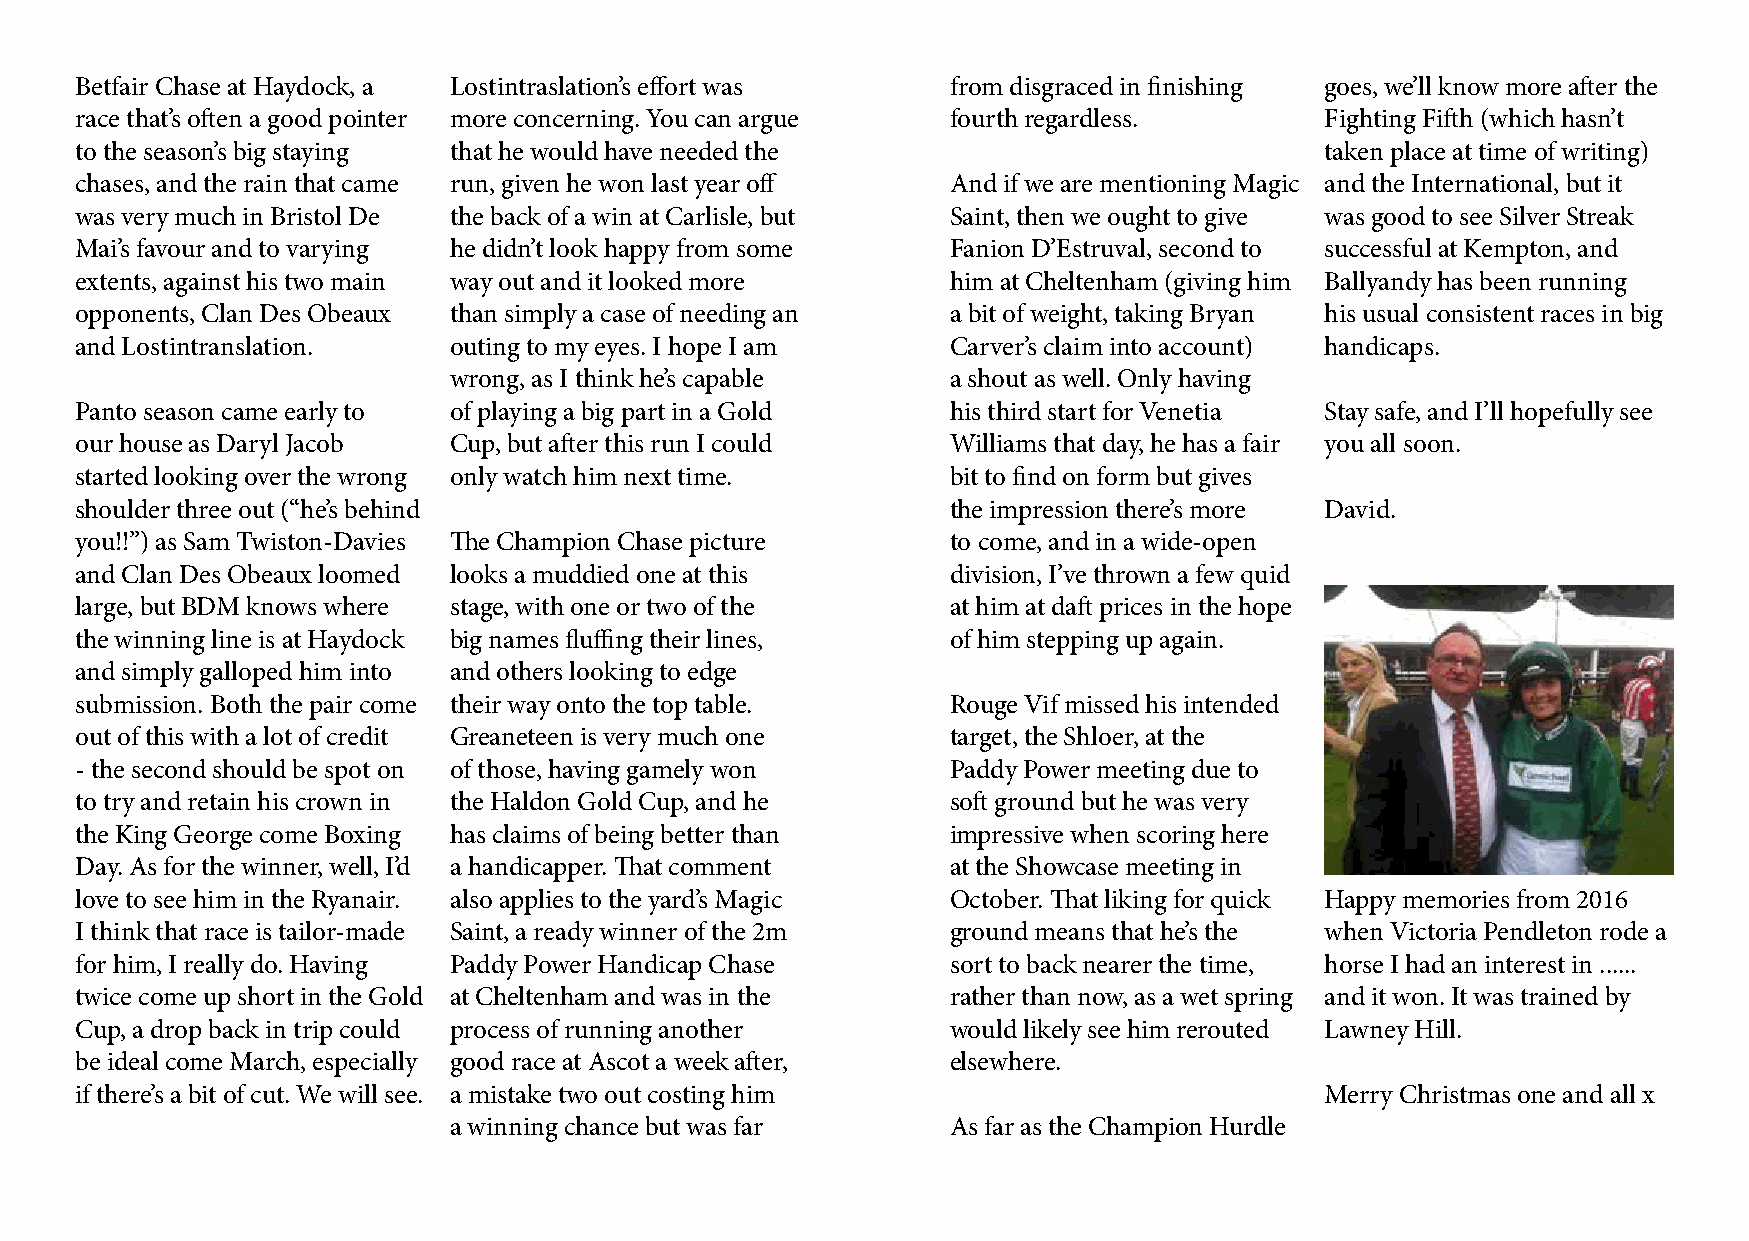
Betfair Chase at Haydock, a Lostintraslation’s effort was from disgraced in finishing goes, we’ll know more after the
 race that’s often a good pointer more concerning. You can argue fourth regardless. Fighting Fifth (which hasn’t
 to the season’s big staying that he would have needed the                          taken place at time of writing)
 chases, and the rain that came run, given he won last year off And if we are mentioning Magic and the International, but it
 was very much in Bristol De the back of a win at Carlisle, but Saint, then we ought to give was good to see Silver Streak
 Mai’s favour and to varying he didn’t look happy from some Fanion D’Estruval, second to successful at Kempton, and
 extents, against his two main way out and it looked more  him at Cheltenham (giving him Ballyandy has been running
 opponents, Clan Des Obeaux than simply a case of needing an a bit of weight, taking Bryan his usual consistent races in big
 and Lostintranslation.   outing to my eyes. I hope I am   Carver’s claim into account) handicaps.
 wrong, as I think he’s capable   a shout as well. Only having
 Panto season came early to of playing a big part in a Gold his third start for Venetia Stay safe, and I’ll hopefully see
 our house as Daryl Jacob Cup, but after this run I could  Williams that day, he has a fair you all soon.
 started looking over the wrong only watch him next time.  bit to find on form but gives
 shoulder three out (“he’s behind                          the impression there’s more David.
 you!!”) as Sam Twiston-Davies The Champion Chase picture  to come, and in a wide-open
 and Clan Des Obeaux loomed looks a muddied one at this    division, I’ve thrown a few quid
 large, but BDM knows where stage, with one or two of the  at him at daft prices in the hope
 the winning line is at Haydock big names fluffing their lines, of him stepping up again.
 and simply galloped him into and others looking to edge
 submission. Both the pair come their way onto the top table. Rouge Vif missed his intended
 out of this with a lot of credit Greaneteen is very much one target, the Shloer, at the
 - the second should be spot on of those, having gamely won Paddy Power meeting due to
 to try and retain his crown in the Haldon Gold Cup, and he soft ground but he was very
 the King George come Boxing has claims of being better than impressive when scoring here
 Day. As for the winner, well, I’d a handicapper. That comment at the Showcase meeting in
 love to see him in the Ryanair. also applies to the yard’s Magic October. That liking for quick Happy memories from 2016
 I think that race is tailor-made Saint, a ready winner of the 2m ground means that he’s the when Victoria Pendleton rode a
 for him, I really do. Having Paddy Power Handicap Chase   sort to back nearer the time, horse I had an interest in ......
 twice come up short in the Gold at Cheltenham and was in the rather than now, as a wet spring and it won. It was trained by
 Cup, a drop back in trip could process of running another would likely see him rerouted Lawney Hill.
 be ideal come March, especially good race at Ascot a week after, elsewhere.
 if there’s a bit of cut. We will see. a mistake two out costing him                Merry Christmas one and all x
 a winning chance but was far     As far as the Champion Hurdle